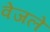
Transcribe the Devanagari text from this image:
वेजले